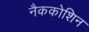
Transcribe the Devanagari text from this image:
नैककोशिन